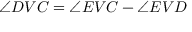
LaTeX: \angle D V C = \angle E V C - \angle E V D